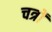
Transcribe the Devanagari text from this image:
चत्रों